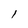
Character: 1